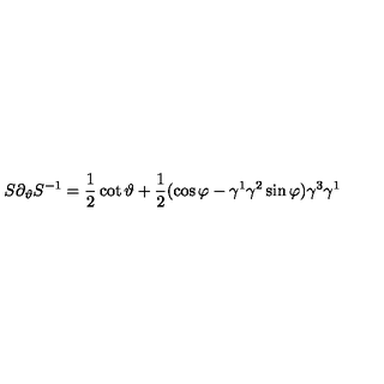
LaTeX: S \partial _ { \vartheta } S ^ { - 1 } = \frac 1 2 \cot \vartheta + \frac 1 2 ( \cos \varphi - \gamma ^ { 1 } \gamma ^ { 2 } \sin \varphi ) \gamma ^ { 3 } \gamma ^ { 1 }